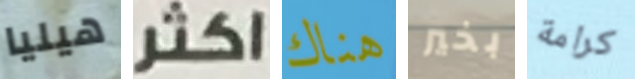
هيليا اكثر هناك بخير كرامة